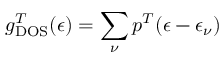
g _ { \mathrm { D O S } } ^ { T } ( \epsilon ) = \sum _ { \nu } p ^ { T } ( \epsilon - \epsilon _ { \nu } )